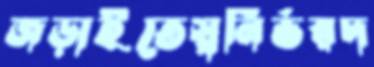
জড়াইতেস্বনির্ভরদ